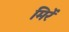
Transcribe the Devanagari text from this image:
मिरें